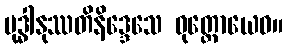
ဗုဒ္ဓါနုဿတိနိဒ္ဒေသေ ဝုတ္တောယေဝ။